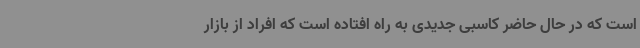
است که در حال حاضر کاسبی جدیدی به راه افتاده است که افراد از بازار